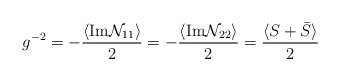
\begin{align*}g^{-2}=-\frac{ \langle\textrm{Im} \mathcal{N}_{11} \rangle}{2}=-\frac{\langle \textrm{Im}\mathcal{N}_{22} \rangle}{2} = \frac{\langle S+\bar{S} \rangle}{2}\end{align*}